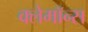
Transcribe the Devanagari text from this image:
क्लेमॉन्स